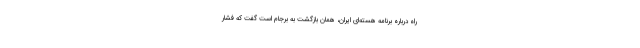
راه درباره برنامه هسته‌ای ایران، همان بازگشت به برجام است گفت که فشار